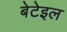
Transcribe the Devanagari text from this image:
बेटेइल